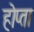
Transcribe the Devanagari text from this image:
होप्ता